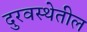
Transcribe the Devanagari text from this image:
दुरवस्थेतील